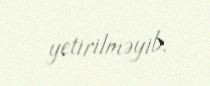
yetirilməyib.